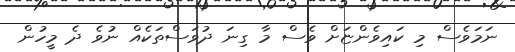
ނަމަވެސް މި ކައިވެންޏަށް ވެސް މާ ގިނަ ދުވަސްތަކެއް ނުވެ ދެ މީހުން